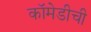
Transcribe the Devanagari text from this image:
कॉमेडीची